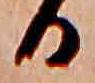
る